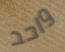
واحد